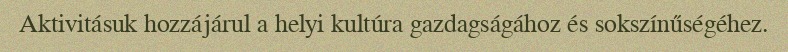
Aktivitásuk hozzájárul a helyi kultúra gazdagságához és sokszínűségéhez.